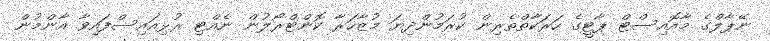
ނޭޕާލްގެ މާއޮއިސްޓް ޕާޓީގެ ހަރަކާތްތެރިން ކުރަމުންދިޔަ މުޒާހަރާ ކޮންޓްރޯލުން ނެއްޓި ރުޅިއައިސްފައިވާ އާންމުން